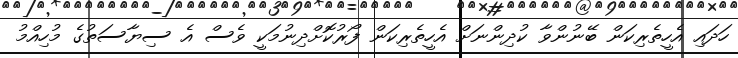
ހަދައި އެހީތެރިކަން ބޭނުންވާ ކުދިންނަށް އެހީތެރިކަން ފޯރުކޮށްދިނުމަކީ ވެސް އެ ސިޔާސަތުގެ މުހިއްމު